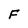
Character: F